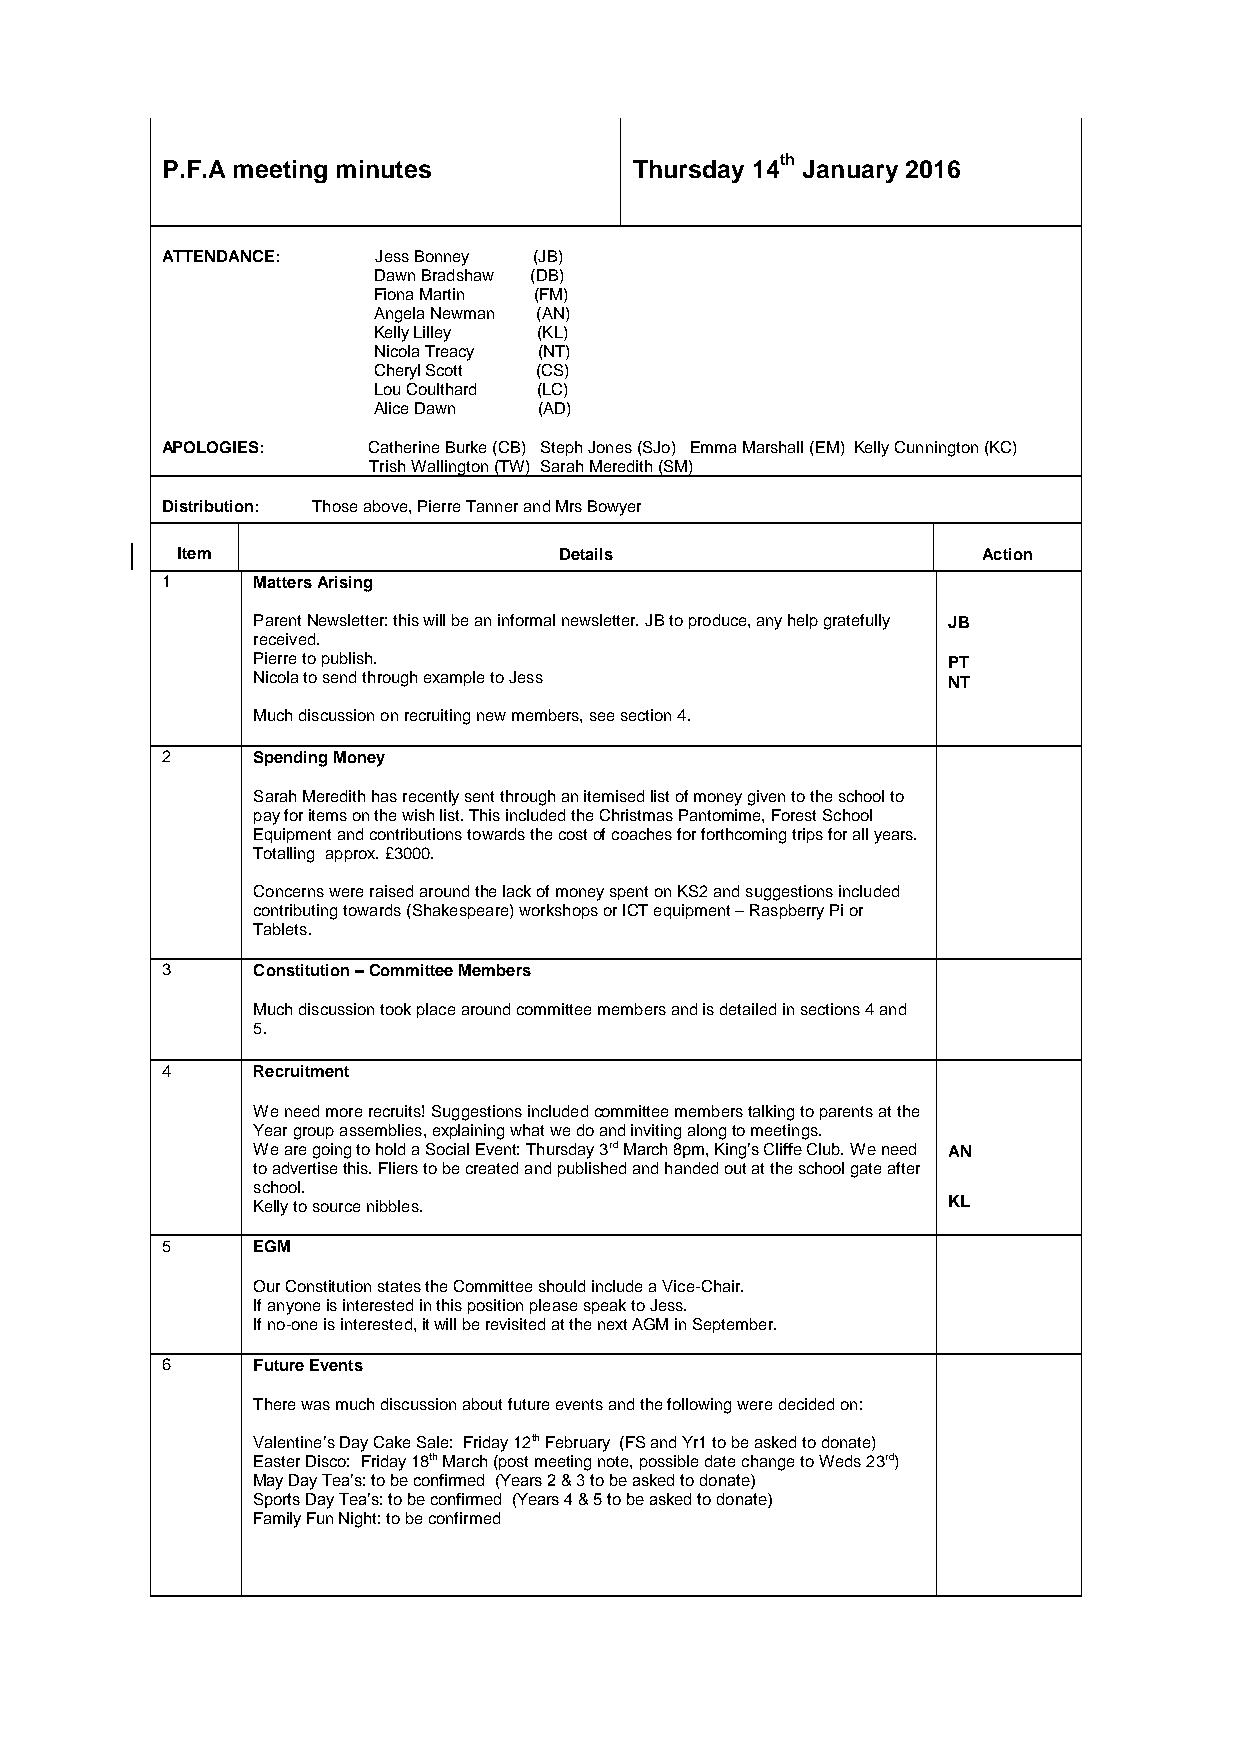
P.F.A meeting minutes          Thursday 14th January 2016
 ATTENDANCE:   Jess Bonney (JB)
 Dawn Bradshaw (DB)
 Fiona Martin (FM)
 Angela Newman (AN)
 Kelly Lilley (KL)
 Nicola Treacy (NT)
 Cheryl Scott (CS)
 Lou Coulthard (LC)
 Alice Dawn (AD)
 APOLOGIES:   Catherine Burke (CB) Steph Jones (SJo) Emma Marshall (EM) Kelly Cunnington (KC)
 Trish Wallington (TW) Sarah Meredith (SM)
 Distribution: Those above, Pierre Tanner and Mrs Bowyer
 Item                     Details                     Action
 1     Matters Arising
 Parent Newsletter: this will be an informal newsletter. JB to produce, any help gratefully JB
 received.
 Pierre to publish.                            PT
 Nicola to send through example to Jess        NT
 Much discussion on recruiting new members, see section 4.
 2     Spending Money
 Sarah Meredith has recently sent through an itemised list of money given to the school to
 pay for items on the wish list. This included the Christmas Pantomime, Forest School
 Equipment and contributions towards the cost of coaches for forthcoming trips for all years.
 Totalling approx. £3000.
 Concerns were raised around the lack of money spent on KS2 and suggestions included
 contributing towards (Shakespeare) workshops or ICT equipment – Raspberry Pi or
 Tablets.
 3     Constitution – Committee Members
 Much discussion took place around committee members and is detailed in sections 4 and
 5.
 4     Recruitment
 We need more recruits! Suggestions included committee members talking to parents at the
 Year group assemblies, explaining what we do and inviting along to meetings.
 We are going to hold a Social Event: Thursday 3rd March 8pm, King’s Cliffe Club. We need AN
 to advertise this. Fliers to be created and published and handed out at the school gate after
 school.
 Kelly to source nibbles.                      KL
 5     EGM
 Our Constitution states the Committee should include a Vice-Chair.
 If anyone is interested in this position please speak to Jess.
 If no-one is interested, it will be revisited at the next AGM in September.
 6     Future Events
 There was much discussion about future events and the following were decided on:
 Valentine’s Day Cake Sale: Friday 12th February (FS and Yr1 to be asked to donate)
 Easter Disco: Friday 18th March (post meeting note, possible date change to Weds 23rd)
 May Day Tea’s: to be confirmed (Years 2 & 3 to be asked to donate)
 Sports Day Tea’s: to be confirmed (Years 4 & 5 to be asked to donate)
 Family Fun Night: to be confirmed